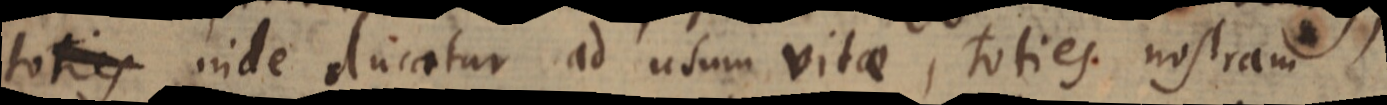
toties inde ducatur ad usum vitae, toties nostram